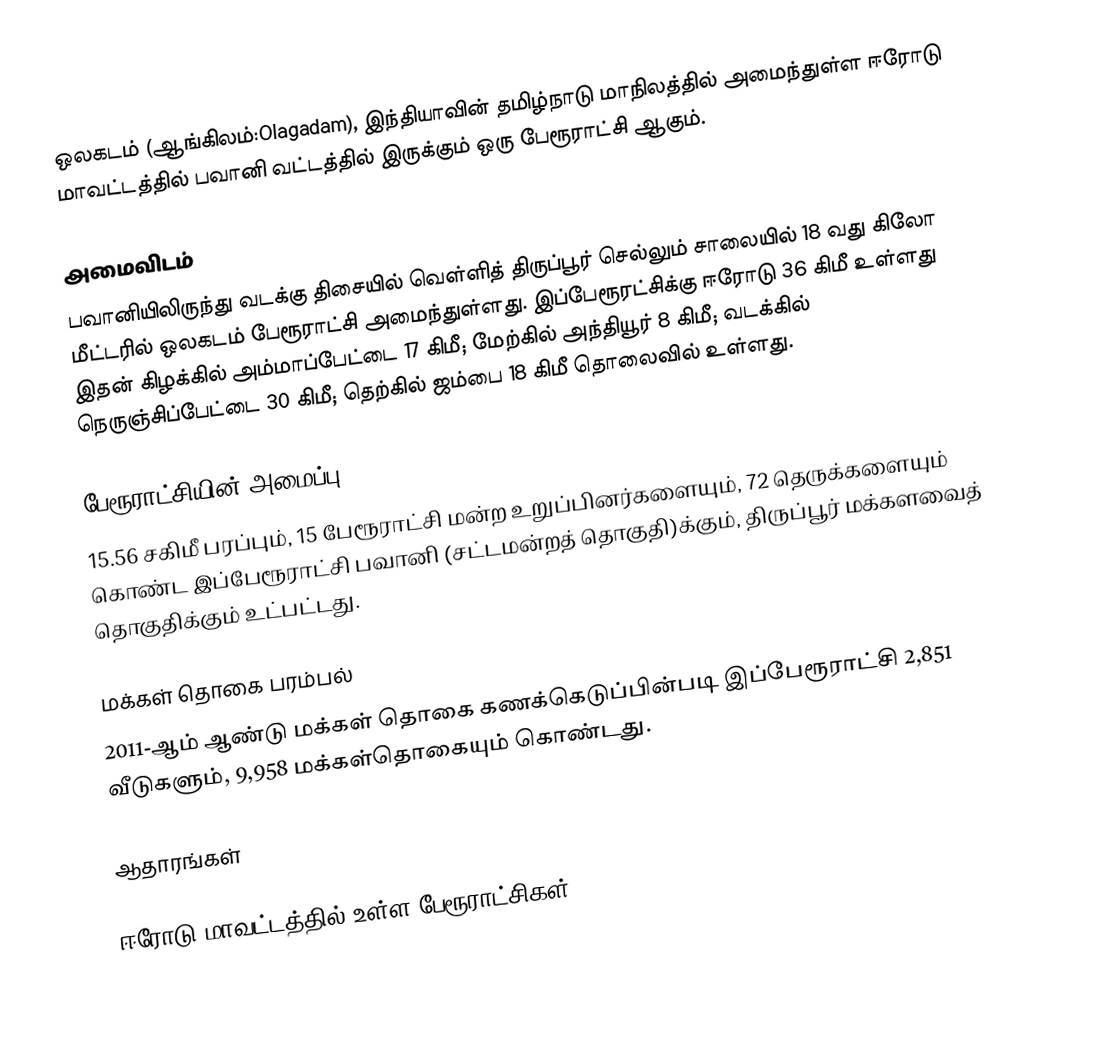
ஒலகடம் (ஆங்கிலம்:Olagadam), இந்தியாவின் தமிழ்நாடு மாநிலத்தில் அமைந்துள்ள ஈரோடு மாவட்டத்தில் பவானி வட்டத்தில் இருக்கும் ஒரு பேரூராட்சி ஆகும்.

அமைவிடம்
பவானியிலிருந்து  வடக்கு திசையில் வெள்ளித் திருப்பூர் செல்லும் சாலையில் 18 வது கிலோ மீட்டரில் ஒலகடம் பேரூராட்சி  அமைந்துள்ளது. இப்பேரூரட்சிக்கு ஈரோடு  36 கிமீ உள்ளது இதன் கிழக்கில் அம்மாப்பேட்டை 17 கிமீ; மேற்கில் அந்தியூர் 8 கிமீ; வடக்கில் நெருஞ்சிப்பேட்டை 30 கிமீ; தெற்கில் ஜம்பை 18 கிமீ  தொலைவில் உள்ளது.

பேரூராட்சியின் அமைப்பு
15.56 சகிமீ பரப்பும்,  15 பேரூராட்சி மன்ற  உறுப்பினர்களையும், 72 தெருக்களையும் கொண்ட இப்பேரூராட்சி பவானி   (சட்டமன்றத் தொகுதி)க்கும், திருப்பூர் மக்களவைத் தொகுதிக்கும் உட்பட்டது.

மக்கள் தொகை பரம்பல்
2011-ஆம் ஆண்டு மக்கள் தொகை கணக்கெடுப்பின்படி  இப்பேரூராட்சி   2,851   வீடுகளும்,   9,958 மக்கள்தொகையும் கொண்டது.

ஆதாரங்கள்

ஈரோடு மாவட்டத்தில் உள்ள பேரூராட்சிகள்